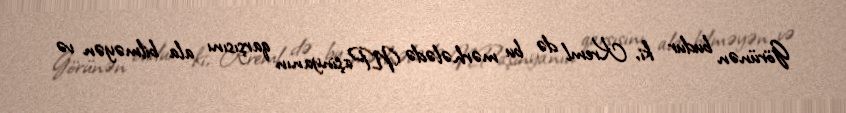
Görünən budur ki, Kreml də bu mərhələdə N.Paşinyanın qarşısını ala bilməyən və